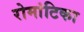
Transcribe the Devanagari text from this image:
रोमांटिका